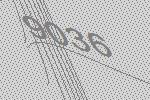
9036